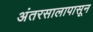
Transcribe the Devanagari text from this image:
अंतरसालापासून